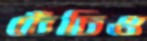
চেঁচিও